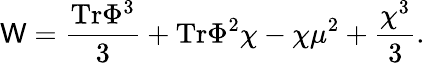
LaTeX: \mathsf{W}={\frac{{\mathrm{{Tr}}\Phi^{3}}}{{3}}}+\mathrm{{Tr}}\Phi^{2}\chi-\chi\mu^{2}+{\frac{{\chi^{3}}}{{3}}}.